Annual returns of the Patna Lunatic Asylum at Bankipore in Bihar and Orissa - 1912-1924
Year: 1912
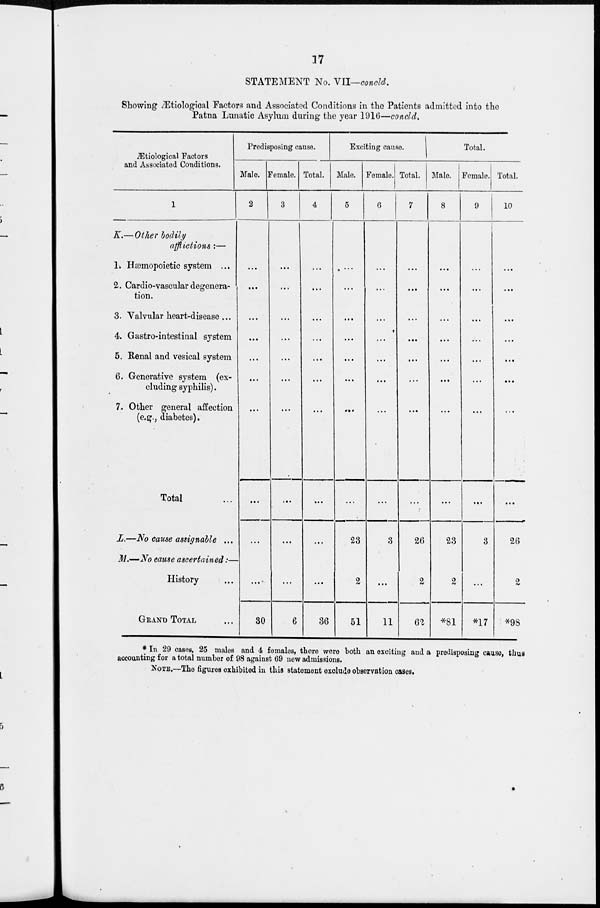
17
STATEMENT No. VII—concld.
Showing Ætiological Factors and Associated Conditions in the Patients admitted into the
Patna Lunatic Asylum during the year 1916—concld.
Ætiological Factors
and Associated Conditions.
1
K.— Other bodily
afflictions :—
1. Hæmopoietic system ...
2. Cardio-vascular degenera-
tion.
3. Valvular heart-disease ...
4. Gastro-intestinal system
5. Renal and vesical system
6. Generative system (ex-
cluding syphilis).
7. Other general affection
(e.g., diabetes).
Total ...
L.—No cause assignable ...
M.—No cause ascertained:—
History ...
GRAND TOTAL ...
Predisposing cause.
Male.
2
...
...
...
...
...
...
...
...
...
...
30
Female.
3
...
...
...
...
...
...
...
...
...
...
6
Total.
4
...
...
...
...
...
...
...
...
...
...
36
Exciting cause.
Male.
5
...
...
...
...
...
...
...
...
23
2
51
Female.
6
...
...
...
...
...
...
...
...
3
...
11
Total.
7
...
...
...
...
...
...
...
...
26
2
62
Total.
Male.
8
...
...
...
...
...
...
...
...
23
2
*81
Female.
9
...
...
...
...
...
...
...
...
3
...
*17
Total.
10
...
...
...
...
...
...
...
...
26
2
*98
* In 29 cases, 25 males and 4 females, there were both an exciting and a predisposing cause, thus
accounting for a total number of 98 against 69 new admissions.
NOTE.—The figures exhibited in this statement exclude observation cases.